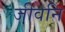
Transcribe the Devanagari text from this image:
जीवनि